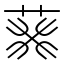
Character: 𦮙